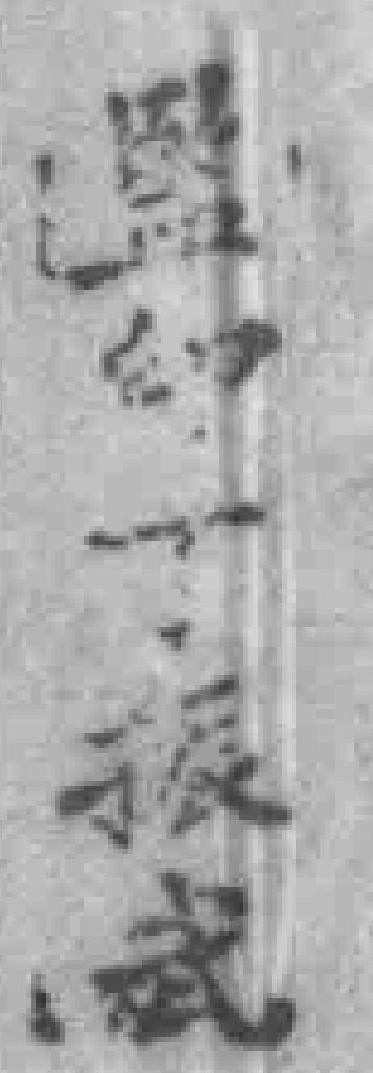
監印丁振武